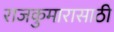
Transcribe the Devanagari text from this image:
राजकुमारासाठी